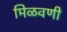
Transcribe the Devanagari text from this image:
मिळवणी